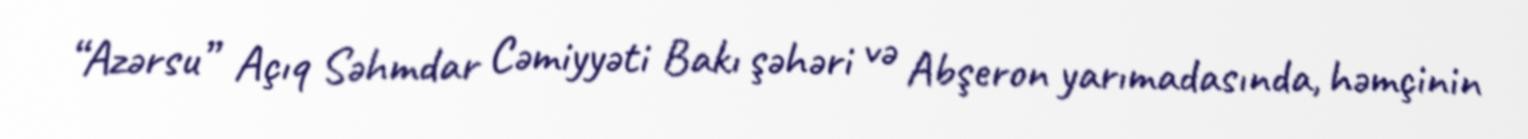
“Azərsu” Açıq Səhmdar Cəmiyyəti Bakı şəhəri və Abşeron yarımadasında, həmçinin